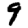
Digit: 9